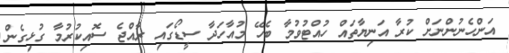
އަންހެނުންނަށް ކުރާ އަނިޔާތައް ހުއްޓުވުމާ ބެހޭ މުއާހަދާ ސީޑޯގައި ރާއްޖެ ސޮއިކުރުމާ ގުޅިގެން